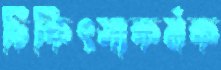
চিকিৎসাকর্মক